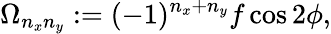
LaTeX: \Omega_{n_{x}n_{y}}:=(-1)^{n_{x}+n_{y}}f\cos 2\phi,